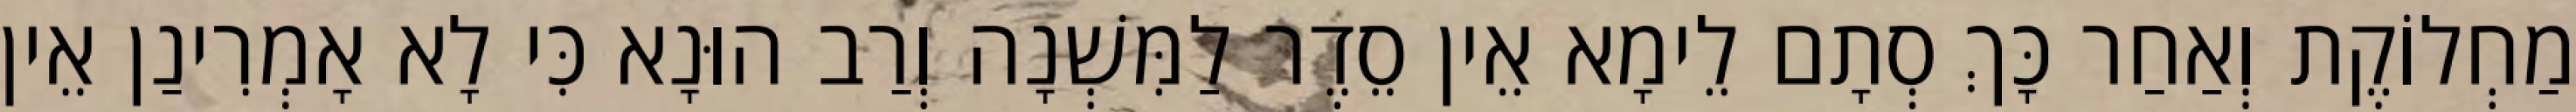
מַחְלוֹקֶת וְאַחַר כָּךְ סְתָם לֵימָא אֵין סֵדֶר לַמִּשְׁנָה וְרַב הוּנָא כִּי לָא אָמְרִינַן אֵין